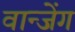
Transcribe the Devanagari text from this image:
वान्जेंग